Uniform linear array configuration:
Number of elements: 16
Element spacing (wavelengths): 0.5
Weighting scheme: kaiser
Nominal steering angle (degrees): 45
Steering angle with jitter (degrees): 44.66
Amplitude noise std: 0.05
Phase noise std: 0.05

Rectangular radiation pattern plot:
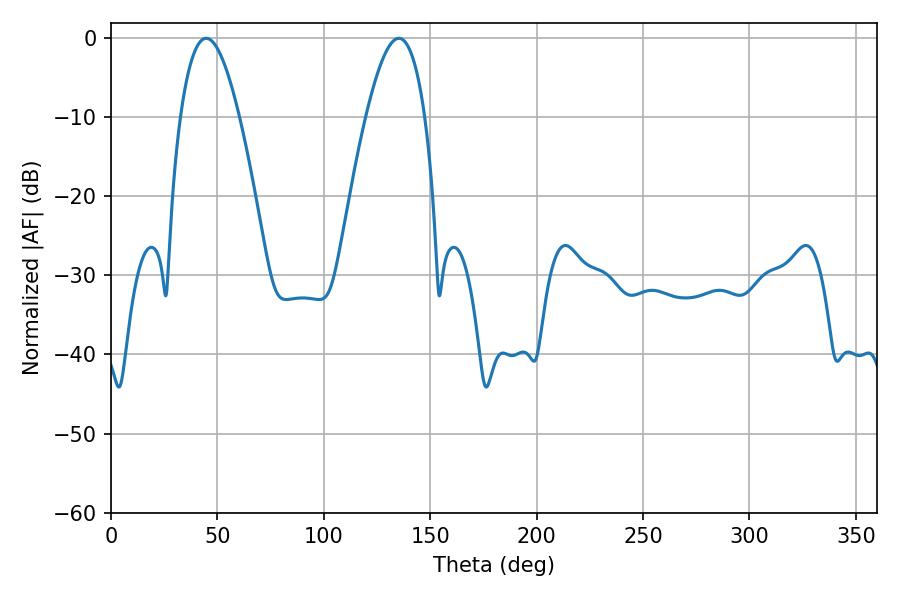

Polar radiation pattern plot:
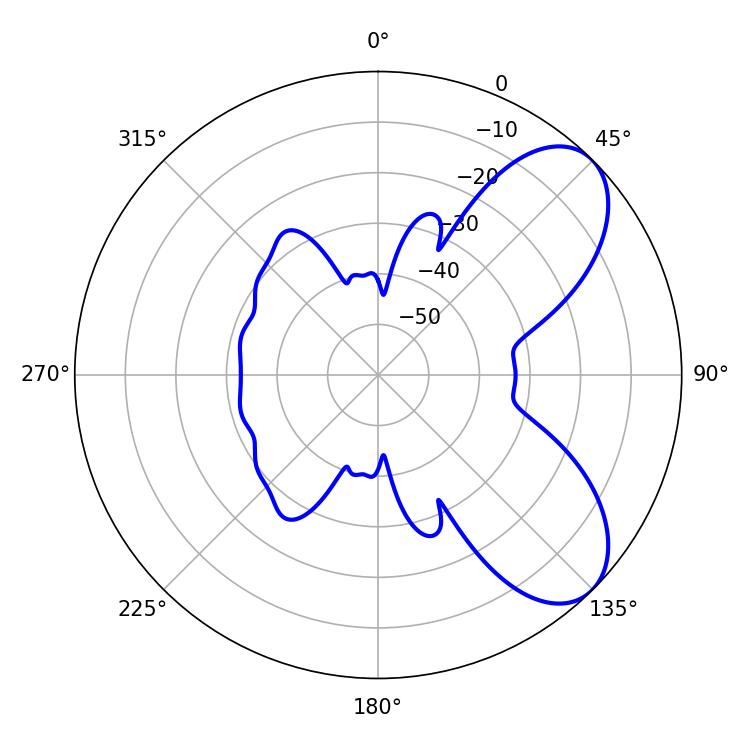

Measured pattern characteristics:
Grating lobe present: FALSE
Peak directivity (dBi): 6.949
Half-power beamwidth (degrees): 15.12
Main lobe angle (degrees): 44.64